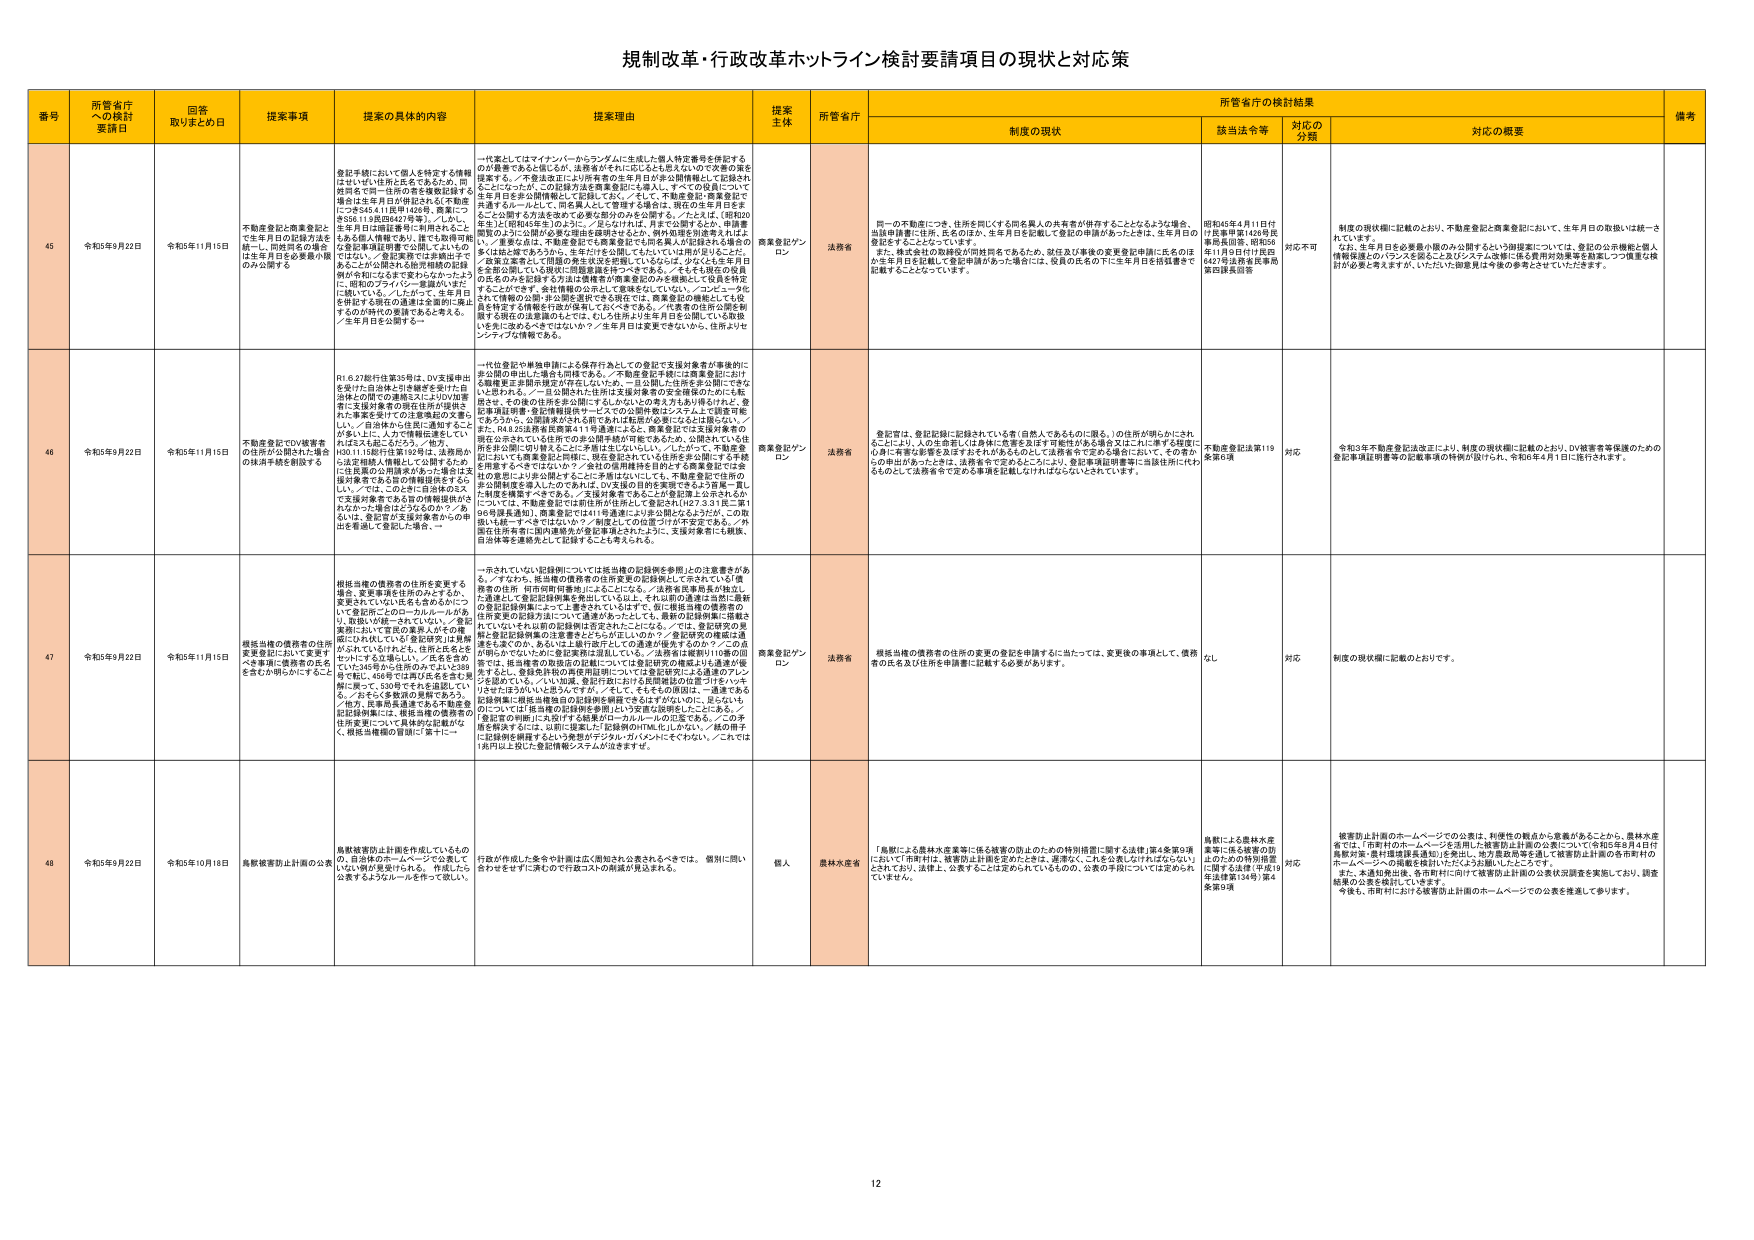
規制改革・行政改革ホットライン検討要請項目の現状と対応策

番号 所管省庁への検討要請日 回答取りまとめ日 提案事項 提案の具体的内容 提案理由 提案主体 所管省庁 制度の現状 所管省庁の検討結果 備考
該当法令等 対応の分類 対応の概要

45 令和5年9月22日 令和5年11月15日 不動産登記と商業登記とで生年月日の記録方法を統一し、問屋問答の場を生年月日を必要最小限のみ公開する 登記手続において個人を特定する情報は出しきれず、住民が名を知るため、問屋問答で同一住所の名を確認する場では生年月日が明記されると不動産に○○年5月4日（昭和42年、西暦につきは111年間28427号等）／しかし、生年月日は確認事項に利用されることもある個人情報であり、誰でも問屋問答で登記事項証明書で公開しているものではない／登記業務では非公開とするように公開される住民情報の記録例が令和になるまでわからなかったように、問屋のプライバシー保護が、近年に開いている／したがって、生年月日を問屋する情報の流通は必要最小限とするのが時代の要請であると考える。／生年月日を公開する→ 一代表としてはマイナンバーからランダムに生成した個人特定番号を併記するのが最善であると感じるが、法務省がそれに応じるも思えないので実際の策を提案する。／不登記並にない所有者の生年月日が非公開情報として記録されることは一つだが、この対応方法を商業登記に導入し、すべての役員について生年月日を非公開情報として記録しておく。／そして、不動産登記・商業登記で共通するルールとして、問屋人員として管理者を除き、現在の生年月日をここに公開する方法を改めて必要な部分のみを公開する。／たとえば、（昭和20年生）と（昭和45年生）のように、月と日が「未」、月と日が「未」であるが、申請書類等のように公開が必要な場合は省略するなど、例外処理を別途考えればよい。／重要な点は、不動産登記でも商業登記でも問屋人員が記録される場合の名は記載不要であろうか。生年月日を公開しておいて、は理解が早いことだが、「登記立案者として問屋の身元状況を把握しているならば、少なくとも生年月日を非公開している現状に問屋登録を行ってもできる。／そもそも現在の役員の氏名のみを記録する方法は債権者が商業登記のみを視聴して役員を特定することができる。会社情報の公開として意味はないでない。／コンピュータを使って情報の公開・非公開を管理できる現在では、商業登記の機能としている会社特定する情報は行政が保有しておくべきである。／代表者の住所の公開を制限する現在の法整備のもとでは、むしろ住所が1年生月日を公開している状況に先に改めるべきではないか？／生年月日は変更できないから、住所よりセンシティブな情報である。 商業登記プランロン 法務省 一の不動産につき、住所を同じくする問屋人員の共有者が併存することとなるような場合、当該申請書に住所、氏名のほか、生年月日を記載して登記の申請があったときは、生年月日の登記をすることになっている。 また、株式会社の取締役が同時問屋をであるため、登記及び事後の変更登記申請に氏名のほか生年月日を記載して登記申請があった場合には、役員の氏名の下に生年月日を括弧書きで記載することとしています。 昭和46年4月11日付け法事申第1429号民事局長回書、昭和50年11月9日付け民登第427号法務省民事局第2課長回書 対応不可 制度の現状欄に記載のとおり、不動産登記と商業登記において、生年月日の取扱いは統一されていません。 なお、生年月日を必要最小限のみ公開するという御提案については、登記の公開機能と個人情報保護とのバランスを踏まえたポリシーメカニズムの検討に係る費用対効果等を勘案しつつ慎重な検討が必要と考えますが、いただいた御意見は今後の参考とさせていただきます。

46 令和5年9月22日 令和5年11月15日 不動産登記でDV被害者の住所が公開された場合の抹消手続を創設する R1.6.27施行法第35号は、DV支援等出を受けた自治体が引き継ぎを受けた自治体との間での連携とともにDV加害者に支援対象者の現在住所が提供された事実を受けての法整備の必要性を、／自治体から住民に通知することが多いに、入力で情報は遅延してい れば工夫はつくだろう。／他方、H30.11.15施行法第193号は、法務局から法定相続人情報として公開されたDV支援対象者の住所表示があった場合に支援対象者である旨の情報提供がされない。／これは、このときに住民が35条で支援対象者である旨の情報提供がされなかった場合はどうなるのか？／あるいは、登記官が支援対象者からの申出を看過して登記した場合。→ 一代表登記や単独申請による保存行為としての登記で支援対象者が事後的に非公開の申出した場合も同様である。／不動産登記手続には商業登記における職員による抹消処置が存在しないが、一旦公開した住所を非公開にさせるには苦労する。／一旦公開された住所は支援対象者の安全確保のためにも重要である。その他の住所を非公開にするにしないとの考え方も利用されれば、登記事項証明書・登記情報提供サービスでの公開物件はシステムで管理可能であるうえ、公開請求があれば個人でも利用可能が重要になるとは思えない。／また、R4.8.25法務省民商第411号通知にある、商業登記では支援対象者の現在住所されている住所での非公開手続が可能であるため、公開されている住所を公開に切り替えることが予備は生じない。／したがって、不動産登記においても商業登記と同様に、現在登記されている住所を非公開にする手続を用意するべきではないか？／登記の信用情報を利用した商業登記では会社の意思により非公開とすることが予備はないにも、不動産登記で住所の非公開制度を導入したのであれば、DV支援の目的を実現できるよう真剣一貫した制度を構築すべきである。／支援対象者であることが登記簿上に記載されるかについては、不動産登記では都住民が住所として登記され（H27.3.31民一第136号課長通知）、商業登記では11号通知により非公開となるようだが、この取扱いは統一すべきではないか？／制度としての位置づけが不安定である。／外国在住所有者に国内連絡先が登記簿上にあるように、支援対象者にも職員、自治体等を連絡先として記載することが考えられる。 商業登記プランロン 法務省 登記官は、登記記録に記録されている者（自然人であるものに限る。）の住所が明らかにされるとことにより、人の生息圏（住居地に意思を及ぼす可能性がある場合又はこれに準ずる程度に心身に有害な影響を及ぼすおそれがあるもの）に、法務省令で定める場合において、その者からの申出があったときは、法務省令で定めるところにより、登記事項証明書等に当該住所に代わるものとして法務省令で定める事項を記載しなければならないとされています。 不動産登記法第119条第5項 対応 令和3年不動産登記法改正により、制度の現状欄に記載のとおり、DV被害者等保護のための登記事項証明書等の記載事項の特例が設けられ、令和6年4月1日に施行されます。

47 令和5年9月22日 令和5年11月15日 根抵当権の債務者の住所変更登記において変更すべき事項に債務者の氏名を含むか明示かにするこ 根抵当権の債務者の住所を変更する場合、変更事項を住所のみとするため、変更されていない氏名も含めるかについて登記所ごとのローカルルールがあり、混乱・切替一それていない。／登記実務において官民の連携人がその場面にされれば、必ず登記研究会は理解がされていなければ、住所と氏名をセットにしてるに違いない。／氏名を含めていない345号から住所のみでよいと59号で配し、456号では再び氏名を含む見解に戻って、530号でもある混乱してい る。／おぞらく多数派の見解であろう。／他方、民事訴訟通達である不動産登記法解釈集には、根抵当権の債務者の住所変更について具体的な記載がなく、根抵当権の冒頭に「第十二→ 一示されていない記録例については抵当権の記録例を参照したの注意書きがある。／すなわち、抵当権の債務者の氏名変更の記録例として示されている「債務者の住所（市町村町村番地）」によることにも、／法務省民事局長が他社への通達として登記記録例集を発出している以上、それ以前の通達とは別に最新の登記記録例集によって上書きされているはずで、故に根抵当権の債務者の住所変更の記録方法について見直すべき。／また、最新の記録例集に掲載されているいわも以前の記録例は否定されたことになる。／では、登記研究の見解と登記記録例集の注意書きとから示しのもの？／登記研究の見解は通達も含めての、あるいは上級行政官としての通達が優先するのか？／この点が明らかでないため、登記業務が混乱している。／法務省は最新の119条の回答では、抵当権者の取得者の記載については登記研究の見解とは通達のアレンジを認めている。／いい加減、登記所間における民間登記の位置づけをいわんがまではうがいよいと思うんですが、／そして、そもそも法規は、一通達である記録例集に根抵当権登記の記録例を明確ではありません。／さらに、登記研究では「根抵当権の記録例を参照」という変更の説明もしたことにある。／登記官の判断に支障付ける結果がローカルルールの氾濫である。／この矛盾を解決するには、以前に提案した「記録例のHTML化」しかない。／私の所では記録例を明確するという実態がデジタル・ガバメントにそぐわない。／これでは1兆円以上支出した基盤構築システムが活かせず。 商業登記プランロン 法務省 根抵当権の債務者の住所の変更の登記を申請するに当たっては、変更後の事項として、債務者の氏名及び住所を申請書に記載する必要があります。 なし 対応 制度の現状欄に記載のとおりです。

48 令和5年9月22日 令和5年10月18日 鳥獣被害防止計画の公表 鳥獣被害防止計画を作成しているものの、自治体のホームページで公表していない例が見受けられる。 作成したら公表するようルールを作って欲しい。 行政が作成した案や計画は広く周知され公表されるべきでは。 慣例に従い合わせをせずに済むので行政コストの削減が見込まれる。 個人 農林水産省 「鳥獣による農林水産業等に係る被害の防止のための特別措置に関する法律」第4条第6項において「市町村は、被害防止計画を定めたときは、遅滞なく、これを公表しなければならない」とされており、法律上、公表することは定められているものの、公表の手段については定められて いません。 鳥獣による農林水産業等に係る被害の防止のための特別措置に関する法律（平成19年法律第134号）第4条第6項 対応 被害防止計画のホームページでの公表は、利便性の観点から意義があることから、農林水産省では、「市町村のホームページを活用した被害防止計画の公表について（令和5年8月4日農業政策・農林環境部長通知）を発出し、地方農政局等を通じて被害防止計画のある市町村のホームページへの掲載を検討いただくようお願いしたところです。 また、本通知発出後、各市町村において被害防止計画の公表状況調査を実施しており、調査結果の公表を検討しています。 今後も、市町村における被害防止計画のホームページでの公表を推進して参ります。

12